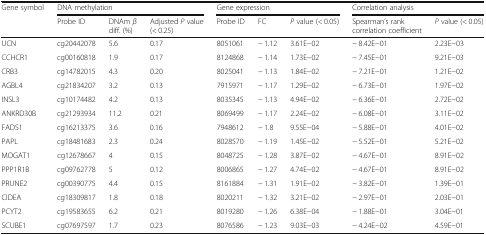
<table><thead><tr><td rowspan="2"><b>Gene symbol</b></td><td colspan="3"><b>DNA methylation</b></td><td colspan="3"><b>Gene expression</b></td><td colspan="2"><b>Correlation analysis</b></td></tr><tr><td><b>Probe ID</b></td><td><b>DNAm <i>β</i> diff. (%)</b></td><td><b>Adjusted <i>P</i> value (&lt; 0.25)</b></td><td><b>Probe ID</b></td><td><b>FC</b></td><td><b><i>P</i> value (&lt; 0.05)</b></td><td><b>Spearman’s rank correlation coefficient</b></td><td><b><i>P</i> value (&lt; 0.05)</b></td></tr></thead><tbody><tr><td>UCN</td><td>cg20442078</td><td>5.6</td><td>0.17</td><td>8051061</td><td>− 1.12</td><td>3.61E−02</td><td>− 8.42E−01</td><td>2.23E−03</td></tr><tr><td>CCHCR1</td><td>cg00160818</td><td>1.9</td><td>0.17</td><td>8124868</td><td>− 1.14</td><td>1.73E−02</td><td>− 7.45E−01</td><td>9.21E−03</td></tr><tr><td>CRB3</td><td>cg14782015</td><td>4.3</td><td>0.20</td><td>8025041</td><td>− 1.13</td><td>1.84E−02</td><td>− 7.21E−01</td><td>1.21E−02</td></tr><tr><td>AGBL4</td><td>cg21834207</td><td>3.2</td><td>0.13</td><td>7915971</td><td>− 1.17</td><td>1.29E−02</td><td>− 6.73E−01</td><td>1.97E−02</td></tr><tr><td>INSL3</td><td>cg10174482</td><td>4.2</td><td>0.13</td><td>8035345</td><td>− 1.13</td><td>4.94E−02</td><td>− 6.36E−01</td><td>2.72E−02</td></tr><tr><td>ANKRD30B</td><td>cg21293934</td><td>11.2</td><td>0.21</td><td>8069499</td><td>− 1.17</td><td>2.24E−02</td><td>− 6.08E−01</td><td>3.11E−02</td></tr><tr><td>FADS1</td><td>cg16213375</td><td>3.6</td><td>0.16</td><td>7948612</td><td>− 1.8</td><td>9.55E−04</td><td>− 5.88E−01</td><td>4.01E−02</td></tr><tr><td>PAPL</td><td>cg18481683</td><td>2.3</td><td>0.24</td><td>8028570</td><td>− 1.19</td><td>1.45E−02</td><td>− 5.52E−01</td><td>5.21E−02</td></tr><tr><td>MOGAT1</td><td>cg12678667</td><td>4</td><td>0.15</td><td>8048725</td><td>− 1.28</td><td>3.87E−02</td><td>− 4.67E−01</td><td>8.91E−02</td></tr><tr><td>PPP1R1B</td><td>cg09762778</td><td>5</td><td>0.12</td><td>8006865</td><td>− 1.27</td><td>4.74E−02</td><td>− 4.67E−01</td><td>8.91E−02</td></tr><tr><td>PRUNE2</td><td>cg00390775</td><td>4.4</td><td>0.15</td><td>8161884</td><td>− 1.31</td><td>1.91E−02</td><td>− 3.82E−01</td><td>1.39E−01</td></tr><tr><td>CIDEA</td><td>cg18309817</td><td>1.8</td><td>0.18</td><td>8020211</td><td>− 1.32</td><td>3.21E−02</td><td>− 2.97E−01</td><td>2.03E−01</td></tr><tr><td>PCYT2</td><td>cg19583655</td><td>6.2</td><td>0.21</td><td>8019280</td><td>− 1.26</td><td>6.38E−04</td><td>− 1.88E−01</td><td>3.04E−01</td></tr><tr><td>SCUBE1</td><td>cg07697597</td><td>1.7</td><td>0.23</td><td>8076586</td><td>− 1.23</td><td>9.03E−03</td><td>− 4.24E−02</td><td>4.59E−01</td></tr></tbody></table>